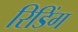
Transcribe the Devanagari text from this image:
रिडिंग